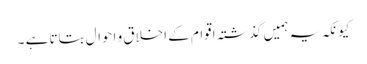
کیونکہ یہ ہمیں گذشتہ اقوام کے اخلاق و احوال بتاتا ہے ۔